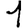
Digit: 1